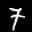
Label: 7